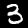
Digit: 3